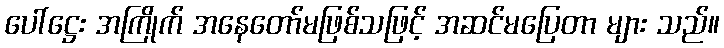
ပေါ်ဋ္ဌေး အကြိုက် အနေတော်မဖြစ်သဖြင့် အဆင်မပြေတာ များ သည်။